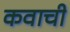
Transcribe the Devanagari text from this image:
कवाची